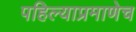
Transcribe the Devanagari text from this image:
पहिल्याप्रमाणेच